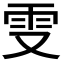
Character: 𠭍